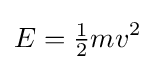
E={\tfrac {1}{2}}mv^{2}